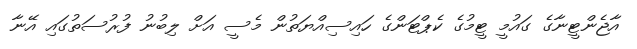
އާޖެންޓީނާގެ ގައުމީ ޓީމުގެ ކެޕްޓަންގެ ހައިސިއްޔަތުން މެސީ އަށް ލިބުނު ފުރުސަތުގައި އޭނާ